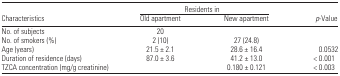
<table><thead><tr><td>[EMPTY_CELL]</td><td colspan="2"><b>Residents in</b></td><td>[EMPTY_CELL]</td></tr><tr><td><b>Characteristics</b></td><td><b>Old apartment</b></td><td><b>New apartment</b></td><td><b><i>p</i>-Value</b></td></tr></thead><tbody><tr><td>No. of subjects</td><td>20</td><td>[EMPTY_CELL]</td><td>[EMPTY_CELL]</td></tr><tr><td>No. of smokers (%)</td><td>2 (10)</td><td>27 (24.8)</td><td>[EMPTY_CELL]</td></tr><tr><td>Age (years)</td><td>21.5 ± 2.1</td><td>28.6 ± 16.4</td><td>0.0532</td></tr><tr><td>Duration of residence (days)</td><td>87.0 ± 3.6</td><td>41.2 ± 13.0</td><td>&lt; 0.001</td></tr><tr><td>TZCA concentration (mg/g creatinine)</td><td>[EMPTY_CELL]</td><td>0.180 ± 0.121</td><td>&lt; 0.003</td></tr></tbody></table>